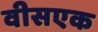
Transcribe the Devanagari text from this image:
वीसएक